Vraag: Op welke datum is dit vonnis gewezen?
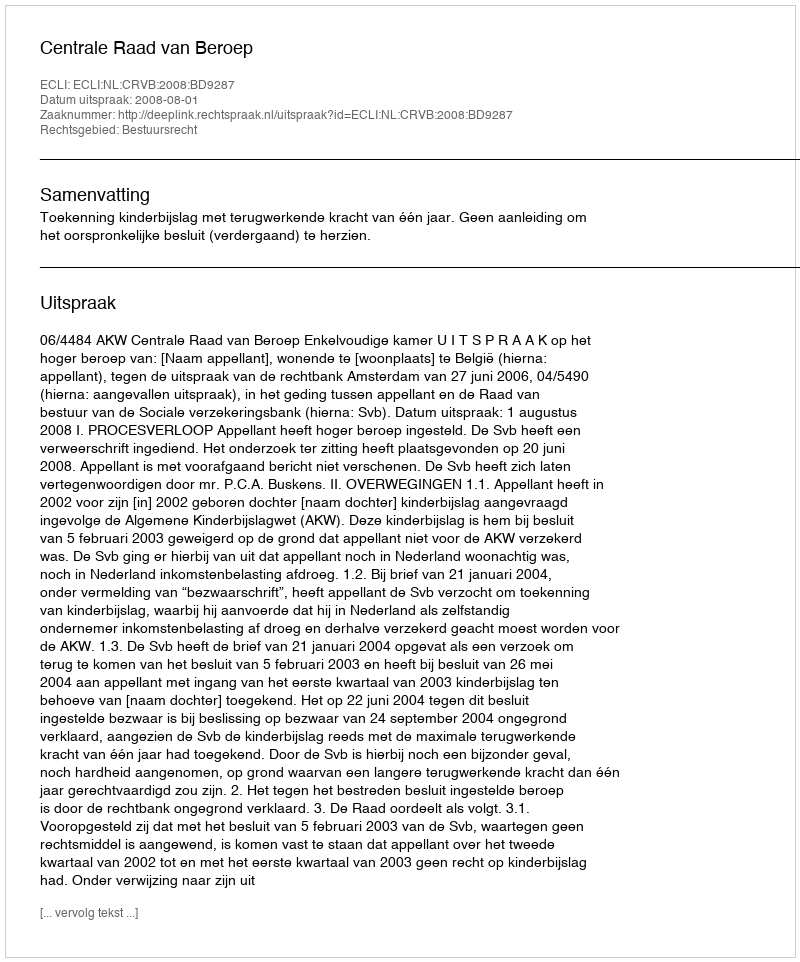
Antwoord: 2008-08-01